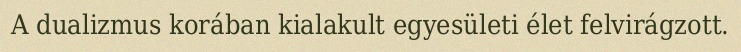
A dualizmus korában kialakult egyesületi élet felvirágzott.